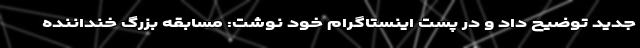
جدید توضیح داد و در پست اینستاگرام خود نوشت: مسابقه بزرگ خنداننده